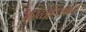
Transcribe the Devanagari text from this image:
काव्योदयकर्ते